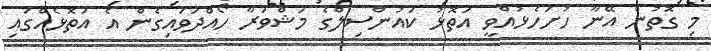
މި ގޮތުން އޭނާ ހުށަހެޅުއްވީ އަތޮޅު ކައުންސިލްގެ މަޝްވަރާ ހޯއްދަވައިގެން އެ އަތޮޅެއްގައި